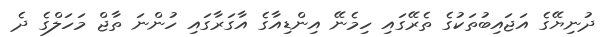
ދުނިޔޭގެ އަޖައިބުތަކުގެ ތެރޭގައި ހިމެނޭ އިންޑިއާގެ އާގަރާގައި ހުންނަ ތާޖް މަހަލްގެ ދެ